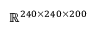
\mathbb { R } ^ { 2 4 0 \times 2 4 0 \times 2 0 0 }